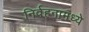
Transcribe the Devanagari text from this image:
निर्वहनामध्ये